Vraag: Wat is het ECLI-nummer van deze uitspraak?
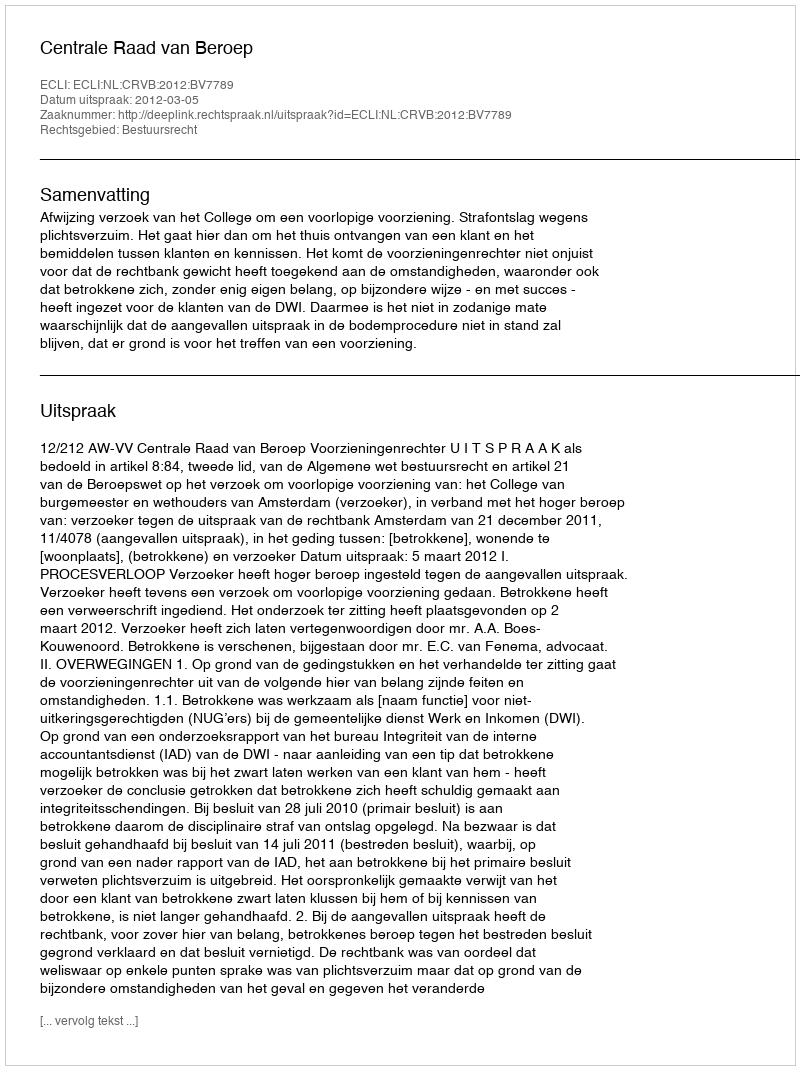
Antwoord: ECLI:NL:CRVB:2012:BV7789